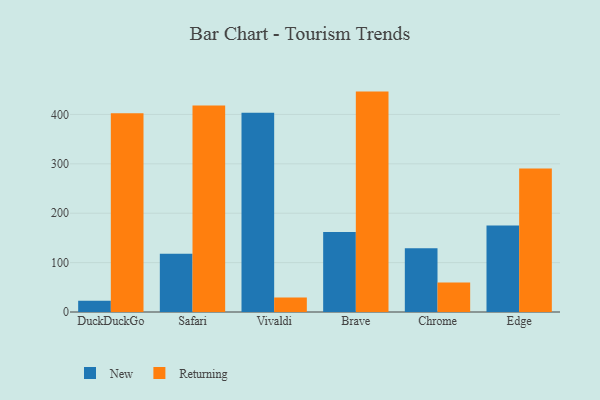
{"axis": {"x": "Browser", "y": "Budget (USD K)"}, "legend": ["New", "Returning"], "data": [{"x": "DuckDuckGo", "y": 22.7, "type": "New"}, {"x": "DuckDuckGo", "y": 402.3, "type": "Returning"}, {"x": "Safari", "y": 117.7, "type": "New"}, {"x": "Safari", "y": 418.0, "type": "Returning"}, {"x": "Vivaldi", "y": 403.3, "type": "New"}, {"x": "Vivaldi", "y": 29.2, "type": "Returning"}, {"x": "Brave", "y": 161.8, "type": "New"}, {"x": "Brave", "y": 446.2, "type": "Returning"}, {"x": "Chrome", "y": 129.2, "type": "New"}, {"x": "Chrome", "y": 59.6, "type": "Returning"}, {"x": "Edge", "y": 174.9, "type": "New"}, {"x": "Edge", "y": 290.3, "type": "Returning"}]}